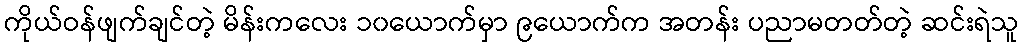
ကိုယ်ဝန်ဖျက်ချင်တဲ့ မိန်းကလေး ၁၀ယောက်မှာ ၉ယောက်က အတန်း ပညာမတတ်တဲ့ ဆင်းရဲသူ